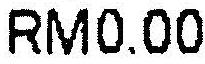
RM0.00